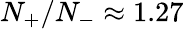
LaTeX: N_{+}/N_{-}\approx 1.27